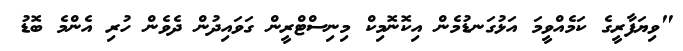
"ވިޔަފާރީގެ ކަމެއްވީމަ އަޅުގަނޑުމެން އިކޮނޮމިކް މިނިސްޓްރީން ގަވައިދުން ދެވެން ހުރި އެންމެ ބޮޑު